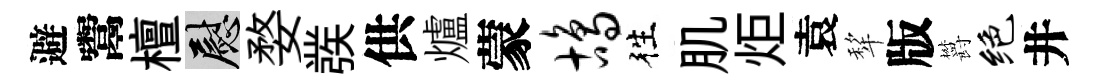
避鬻檀慰婺彂供爐蒙鸪徃肌炬袁犂版欝绝井